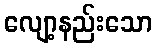
လျော့နည်းသော